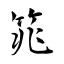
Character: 筄